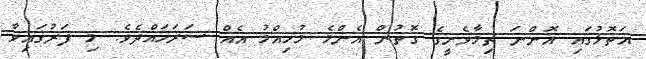
އަތޮޅުގައި އޮންނަ ތިމާވެށީގެ ގޮތުން އެންމެ މުހިއްމު އެއް ސަރަހައްދެވެ. މި ފަރުގައިވާ